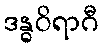
ဒန္ဓဝိရာဂီ